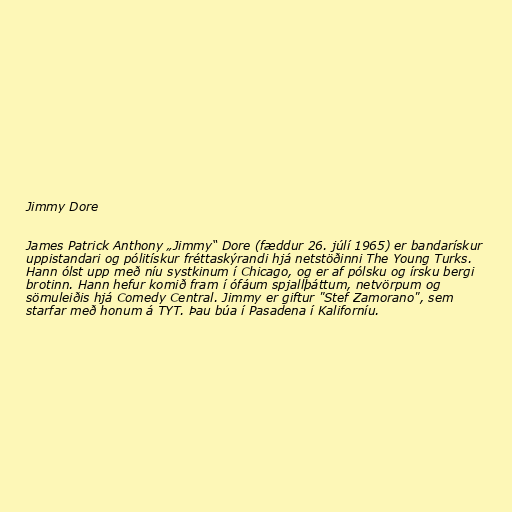
Jimmy Dore

James Patrick Anthony „Jimmy“ Dore (fæddur 26. júlí 1965) er bandarískur
uppistandari og pólitískur fréttaskýrandi hjá netstöðinni The Young Turks.
Hann ólst upp með níu systkinum í Chicago, og er af pólsku og írsku bergi
brotinn. Hann hefur komið fram í ófáum spjallþáttum, netvörpum og
sömuleiðis hjá Comedy Central. Jimmy er giftur "Stef Zamorano", sem
starfar með honum á TYT. Þau búa í Pasadena í Kaliforníu.